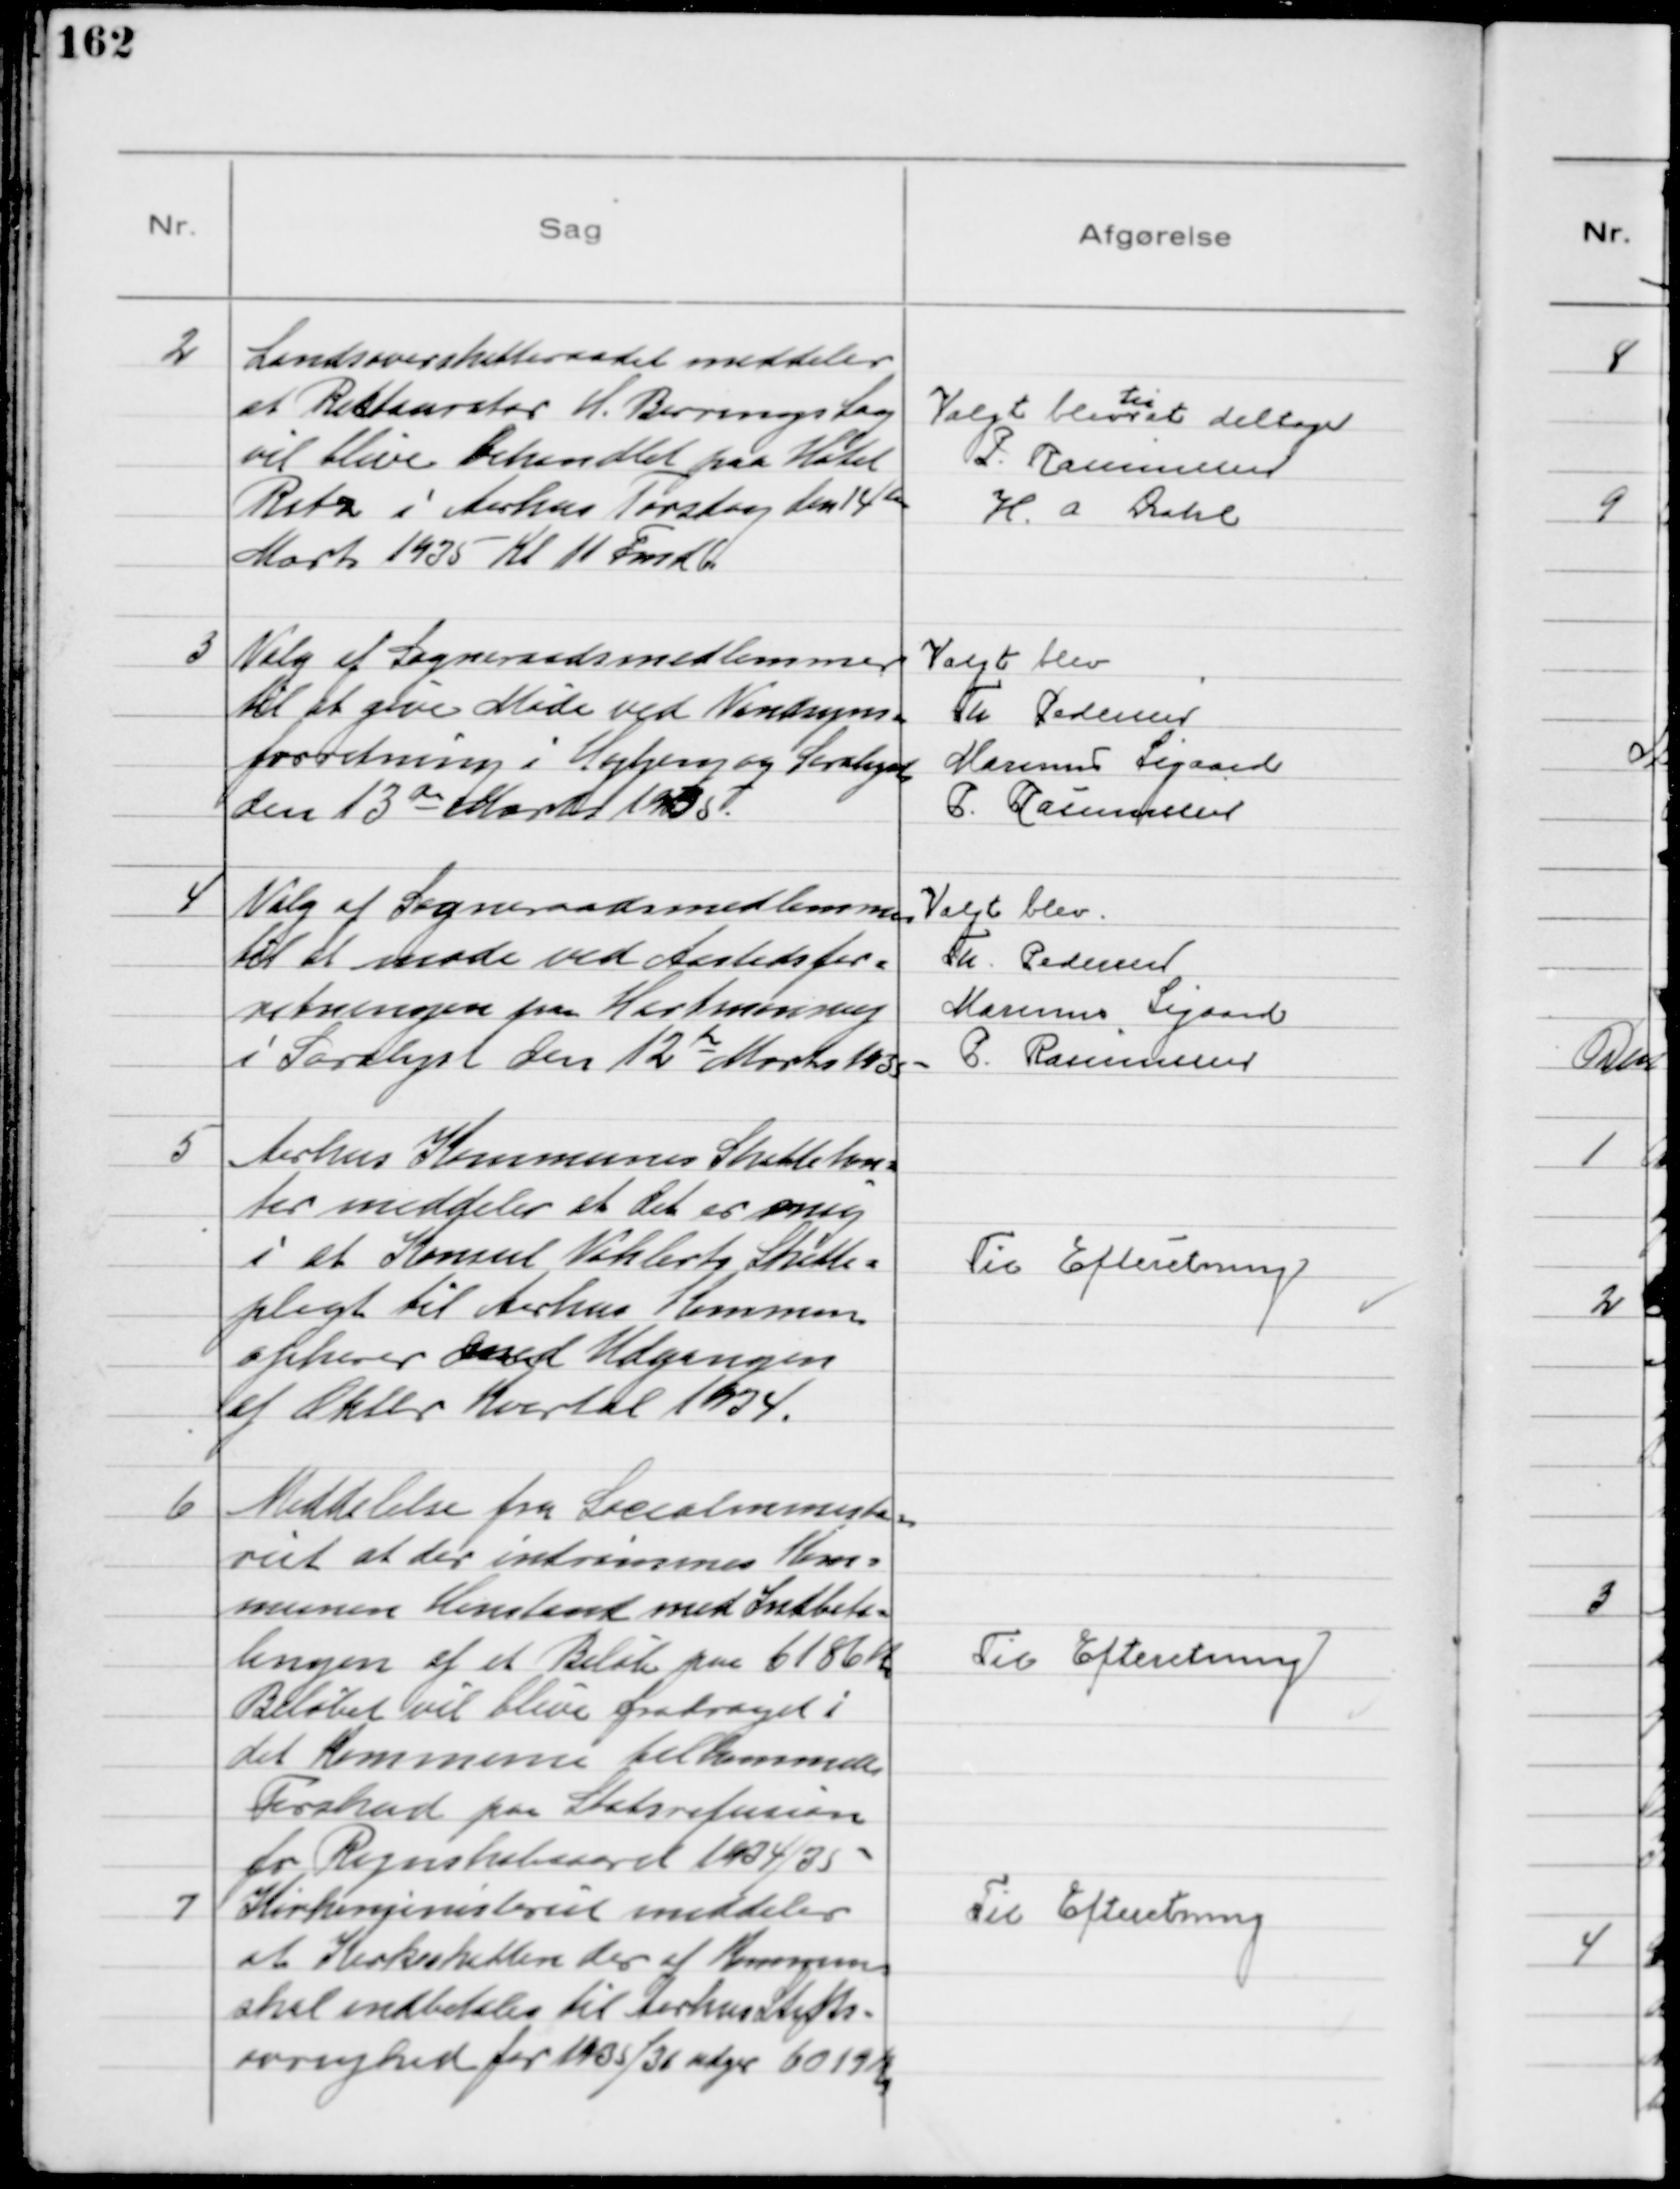
Transskription:
2
Landsoverskatteraadet meddeler
at Restauratør H. Berrings Sag
vil blive behandlet paa Hotel
Ritz i Aarhus Torsdag den 14de
Marts 1935 Kl 11 Fmd

Valgt blev
til
at deltage
P. Rasmussen
H. A Dahl

3
Valg af Sogneraadsmedlemmer
til at give Møde ved Vandsyns=
forretning i Højbjerg og Saralyst
den 13de Marts 1935.
Valgt blev
Th Pedersen
Marinus Sigaard
P. Rasmussen

4
Valg af Sogneraadsmedlemmer
til at møde ved Aastedsfor=
retningen paa Hartmannsvej
i Saralyst den 12te Marts 1935
Valgt blev
Th. Pedersen
Marinus Sigaard
P. Rasmussen

5
Aarhus Kommunes Skattekon=
tor meddeler at det er enig
i at Konsul Vohlerts Skatte=
pligt til Aarhus Kommun
ophører med Udgangen
af Oktbr Kvartal 1934.

Til Efteretning

6
Meddelelse fra Socialministe=
riet at der indrømmes Kom=
munen Henstand med Indbeta=
lingen af et Beløb paa 6186 Kr
Beløbet vil blive fradraget i
det Kommunen tilkommende
Forskud paa Statsrefusion
for Regnskabsaaret 1934/35

Til Efteretning

7
Kirkeministeriet meddeler
at Kirkeskatten der af Kommun
skal indbetales til Aarhus Stifts=
øvrighed for 1935/36 udgør 6019 Kr

Til Efteretning